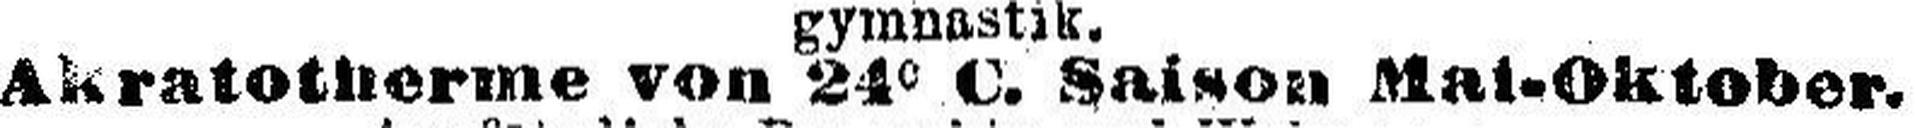
Akratotherme von 24° C. Saison Mai-Oktober.